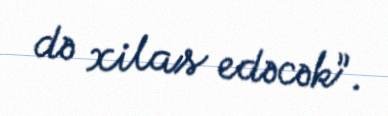
də xilas edəcək”.